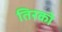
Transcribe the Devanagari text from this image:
तिरको